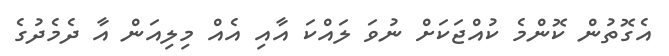
އެގޮތުން ކޮންމެ ކުއްޖަކަށް ނުވަ ލައްކަ އާއި އެއް މިލިއަން އާ ދެމެދުގެ